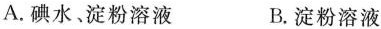
A.碘水﹑淀粉溶液 B.淀粉溶液